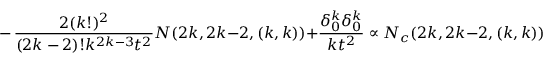
- \, { \frac { 2 ( k ! ) ^ { 2 } } { ( 2 k - 2 ) ! k ^ { 2 k - 3 } t ^ { 2 } } } N ( 2 k , 2 k - 2 , ( k , k ) ) + { \frac { \delta _ { 0 } ^ { k } \delta _ { 0 } ^ { k } } { k t ^ { 2 } } } \propto N _ { c } ( 2 k , 2 k - 2 , ( k , k ) ) = 0 ,